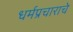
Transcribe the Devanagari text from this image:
धर्मप्रचाराचे